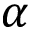
\alpha